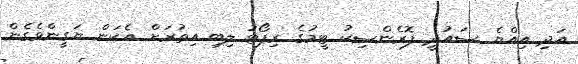
އަދި އިއްޔެ ސައުދީ ފޮރެންސިކު ޓީމުގެ ރިޕޯޓު ލިބި އިތުރަށް އެކަން ޔަގީންވެގެން